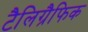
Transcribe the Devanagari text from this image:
टैलिग्रैफिक